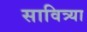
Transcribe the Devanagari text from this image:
सावित्र्या